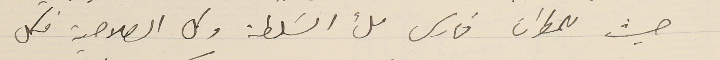
حيث للمطران فارس ملء السَلطة وكل الصلاحية فكل